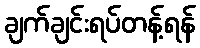
ချက်ချင်းရပ်တန့်ရန်